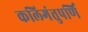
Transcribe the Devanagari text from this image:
कलिगंत्तुपर्णि